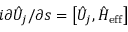
i \partial \hat { { \cal U } } _ { j } / \partial s = \left[ \hat { { \cal U } } _ { j } , \hat { H } _ { \mathrm { e f f } } \right]